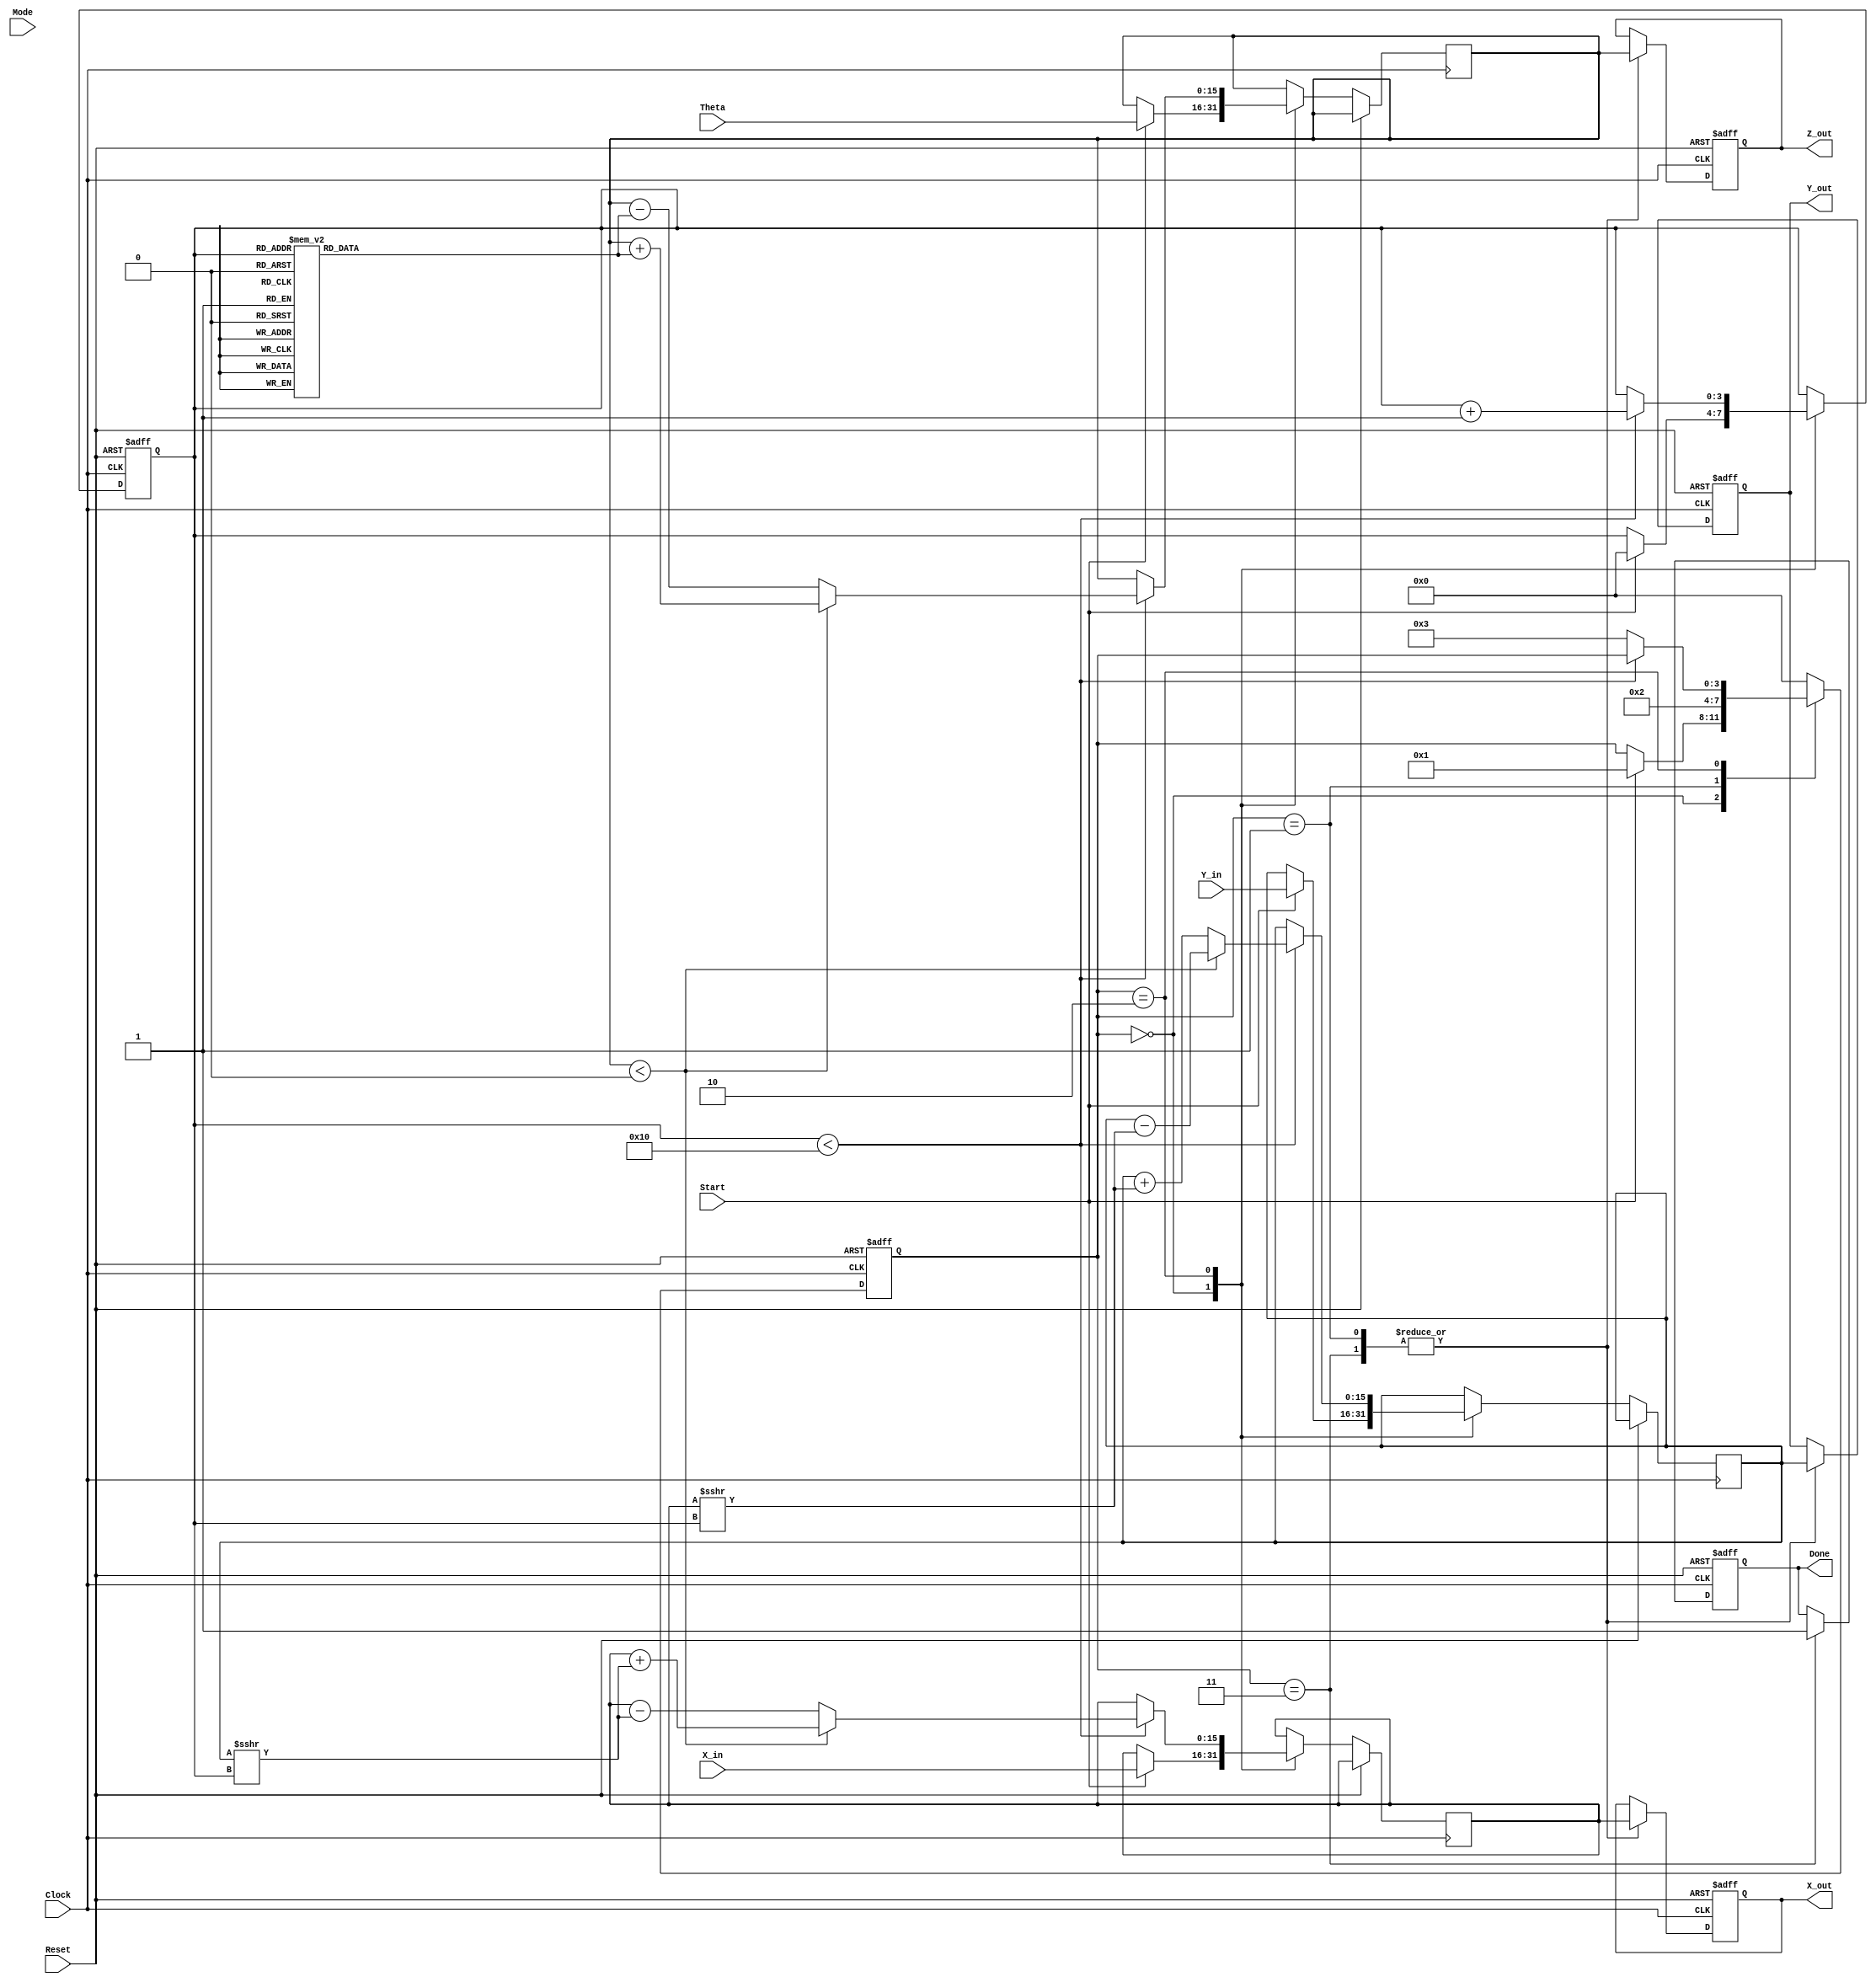
module cordic(
    input wire [15:0] X_in,      // Input x-coordinate
    input wire [15:0] Y_in,      // Input y-coordinate
    input wire [15:0] Theta,     // Input angle in radians
    input wire Mode,              // Mode: 0 for rotation, 1 for vectoring
    input wire Start,             // Start signal
    input wire Clock,             // Clock signal
    input wire Reset,             // Asynchronous reset
    output reg [15:0] X_out,      // Output x-coordinate
    output reg [15:0] Y_out,      // Output y-coordinate
    output reg [15:0] Z_out,      // Output angle
    output reg Done               // Completion signal
);

    // CORDIC parameters
    parameter NUM_ITERATIONS = 16; // Number of iterations
    reg [15:0] atan_table [0:NUM_ITERATIONS-1]; // Arctangent lookup table
    reg [3:0] state; // FSM state
    reg [3:0] iteration; // Iteration counter
    reg [15:0] x_reg, y_reg, z_reg; // Registers for coordinates and angle

    // Initialize arctangent values (fixed-point representation)
    initial begin
        atan_table[0] = 16'h2000; // atan(2^0) = pi/4 in fixed-point
        atan_table[1] = 16'h1000; // atan(2^-1)
        atan_table[2] = 16'h0800; // atan(2^-2)
        atan_table[3] = 16'h0400; // atan(2^-3)
        // Continue filling in the rest...
        // atan_table[4] = 16'h0200; 
        // atan_table[5] = 16'h0100; 
        // ...
        // atan_table[15] = 16'h0001; 
    end

    // FSM States
    localparam IDLE = 4'b0000,
               INIT = 4'b0001,
               ITERATE = 4'b0010,
               DONE_STATE = 4'b0011;

    // Sequential logic for state transitions and output generation
    always @(posedge Clock or posedge Reset) begin
        if (Reset) begin
            state <= IDLE;
            Done <= 0;
            iteration <= 0;
            X_out <= 0;
            Y_out <= 0;
            Z_out <= 0;
        end else begin
            case (state)
                IDLE: begin
                    if (Start) begin
                        x_reg <= X_in;
                        y_reg <= Y_in;
                        z_reg <= Theta;
                        iteration <= 0;
                        state <= INIT;
                    end
                end

                INIT: begin
                    // Initialize coordinates and angle
                    X_out <= x_reg;
                    Y_out <= y_reg;
                    Z_out <= z_reg;
                    state <= ITERATE;
                end

                ITERATE: begin
                    if (iteration < NUM_ITERATIONS) begin
                        if (z_reg < 0) begin
                            // Rotate clockwise
                            x_reg <= x_reg + (y_reg >>> iteration);
                            y_reg <= y_reg - (x_reg >>> iteration);
                            z_reg <= z_reg + atan_table[iteration];
                        end else begin
                            // Rotate counterclockwise
                            x_reg <= x_reg - (y_reg >>> iteration);
                            y_reg <= y_reg + (x_reg >>> iteration);
                            z_reg <= z_reg - atan_table[iteration];
                        end
                        iteration <= iteration + 1;
                    end else begin
                        // Finished all iterations
                        state <= DONE_STATE;
                    end
                end

                DONE_STATE: begin
                    // Output final results
                    X_out <= x_reg;
                    Y_out <= y_reg;
                    Z_out <= z_reg;
                    Done <= 1;
                    state <= IDLE; // Go back to idle after done
                end

                default: state <= IDLE; // Default state
            endcase
        end
    end

endmodule